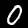
Label: 0